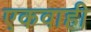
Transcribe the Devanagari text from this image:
एकवाही